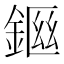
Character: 𨨙